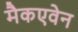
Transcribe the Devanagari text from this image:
मैकएवेन